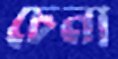
চেনা